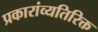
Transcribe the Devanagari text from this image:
प्रकारांव्यतिरिक्त